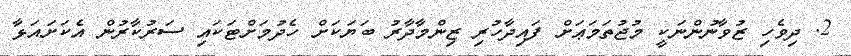
2. ދިވެހި ޒުވާނުންނަކީ މުޖުތަމަޢަށް ފައިދާހުރި ޒިންމާދާރު ބަޔަކަށް ހެދުމަށްޓަކައި ސަރުކާރުން އެކަށައަޅާ